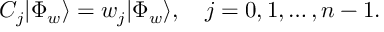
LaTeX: { C } _ { j } | \Phi _ { w } \rangle = w _ { j } | \Phi _ { w } \rangle , \quad j = 0 , 1 , \ldots , n - 1 .